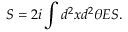
S = 2 i \int d ^ { 2 } x d ^ { 2 } \theta E S .